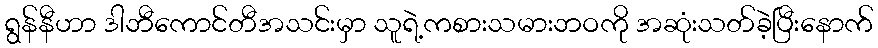
ရွန်နီဟာ ဒါဘီကောင်တီအသင်းမှာ သူရဲ့ကစားသမားဘဝကို အဆုံးသတ်ခဲ့ပြီးနောက်